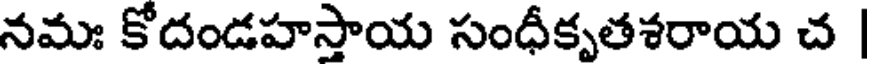
నమః కోదండహస్తాయ సంధీకృతశరాయ చ |